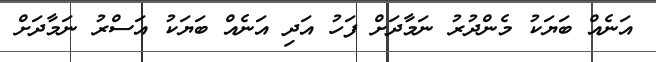
އަނެއް ބަޔަކު މެންދުރު ނަމާދަށް ފަހު އަދި އަނެއް ބަޔަކު އަސްރު ނަމާދަށް